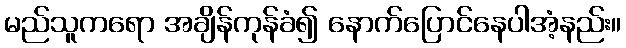
မည်သူကရော အချိန်ကုန်ခံ၍ နောက်ပြောင်နေပါအံ့နည်း။